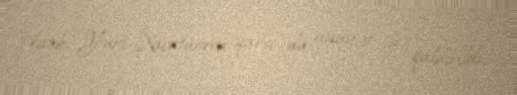
katib Yuri Xaçaturova qarşı da cinayət işi qaldırıldı.